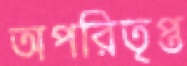
অপরিতৃপ্ত